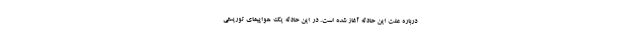
درباره علت این حادثه آغاز شده است. در این حادثه یک هواپیمای توریستی